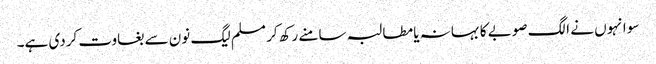
سو انہوں نے الگ صوبے کا بہانہ یا مطالبہ سامنے رکھ کر مسلم لیگ نون سے بغاوت کردی ہے۔